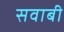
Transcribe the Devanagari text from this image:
सवाबी